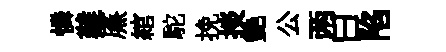
憐難㢘綰駝挽掞艷公两曰陷